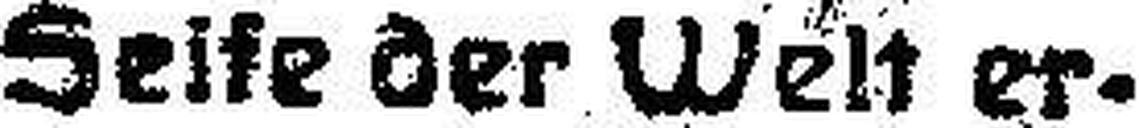
Seife der Welt er¬